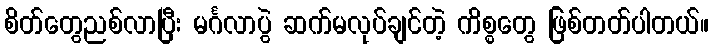
စိတ်တွေညစ်လာပြီး မင်္ဂလာပွဲ ဆက်မလုပ်ချင်တဲ့ ကိစ္စတွေ ဖြစ်တတ်ပါတယ်။